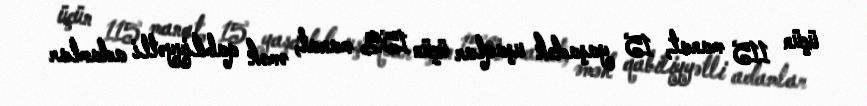
üçün 115 manat, 15 yaşadək uşaqlar üçün 152 manat, əmək qabiliyyətli adamlar